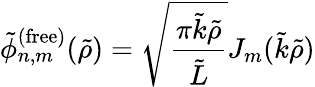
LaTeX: \tilde{\phi}_{n,m}^{(\mathrm{free})}(\tilde{\rho})=\sqrt{\frac{\pi\tilde{k}\tilde{\rho}}{\tilde{L}}}J_{m}(\tilde{k}\tilde{\rho})